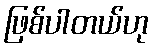
ဖြစ်ပါတယ်ဟု